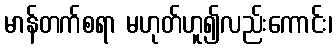
မာန်တက်စရာ မဟုတ်ဟူ၍လည်းကောင်း၊